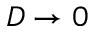
D \to 0